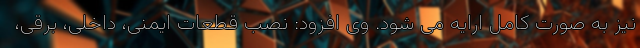
نیز به صورت کامل ارایه می شود. وی افزود: نصب قطعات ایمنی، داخلی، برقی،